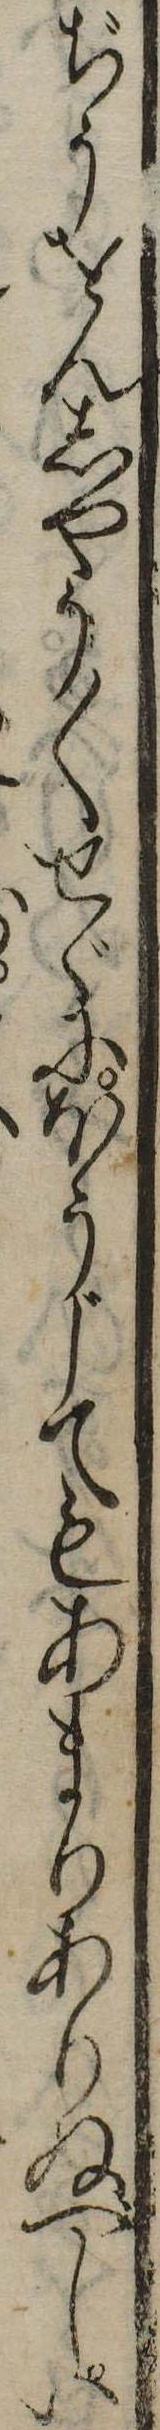
ぢうをんしやう〱せゞにほうじてもあまりありぬべしい